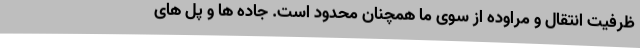
ظرفیت انتقال و مراوده از سوی ما همچنان محدود است. جاده ها و پل های